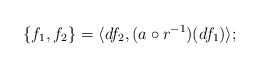
\begin{align*}\{f_1,f_2\} = \langle df_2, (a\circ r^{-1})(df_1)\rangle; \end{align*}